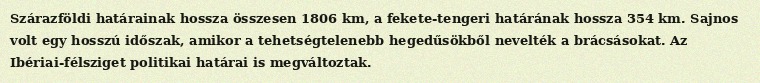
Szárazföldi határainak hossza összesen 1806 km, a fekete-tengeri határának hossza 354 km. Sajnos volt egy hosszú időszak, amikor a tehetségtelenebb hegedűsökből nevelték a brácsásokat. Az Ibériai-félsziget politikai határai is megváltoztak.